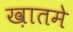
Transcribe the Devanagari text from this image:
ख़ातमे